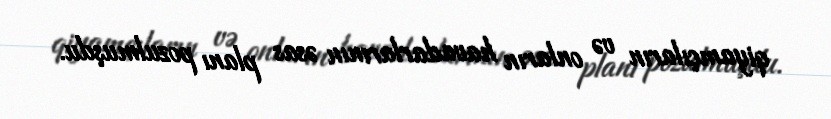
qiyamçıların və onların havadarlarının əsas planı pozulmuşdu.